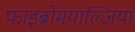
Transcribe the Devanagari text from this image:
फाइब्रोमयाल्जिया